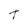
Character: t